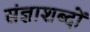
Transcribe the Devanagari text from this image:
संज्ञाशब्दों